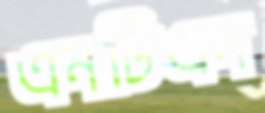
এনটিএন